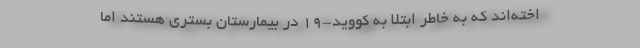
اخته‌اند که به خاطر ابتلا به کووید-۱۹ در بیمارستان بستری هستند اما